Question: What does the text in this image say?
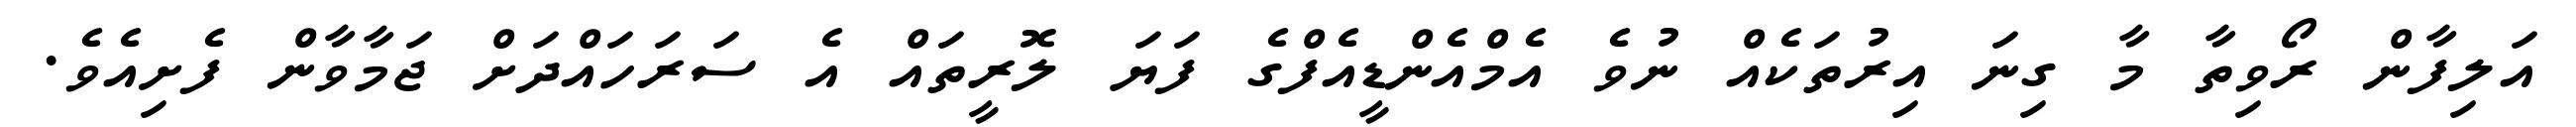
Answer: އަލިފާން ރޯވިތާ މާ ގިނަ އިރުތަކެއް ނުވެ އެމްއެންޑީއެފްގެ ފަޔަ ލޮރީތައް އެ ސަރަހައްދަށް ޖަމާވާން ފެށިއެވެ.